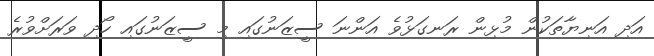
އަދި އަނިޔާތަކުން މުޅިން ރަނގަޅުވެ އަންނަ ސީޒަނުގައި މި ސީޒަނުގައި ހޯދި ވަރަށްވުރެ